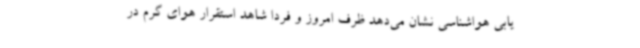
یابی هواشناسی نشان می‌دهد ظرف امروز و فردا شاهد استقرار هوای گرم در